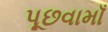
પૂછવામાઁ